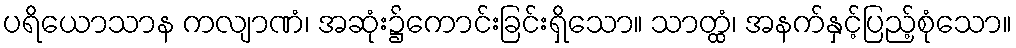
ပရိယောသာန ကလျာဏံ၊ အဆုံး၌ကောင်းခြင်းရှိသော။ သာတ္ထံ၊ အနက်နှင့်ပြည့်စုံသော။